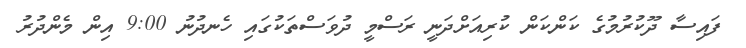
ފައިސާ ދޫކުރުމުގެ ކަންކަން ކުރިއަށްދަނީ ރަސްމީ ދުވަސްތަކުގައި ހެނދުނު 9:00 އިން މެންދުރު